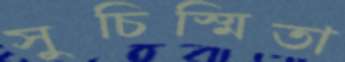
সুচিস্মিতা